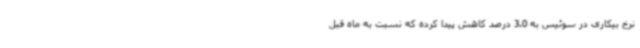
نرخ بیکاری در سوئیس به 3.0 درصد کاهش پیدا کرده که نسبت به ماه قبل